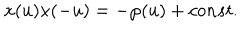
LaTeX: x ( u ) x ( - u ) = - \wp ( u ) + c o n s t .